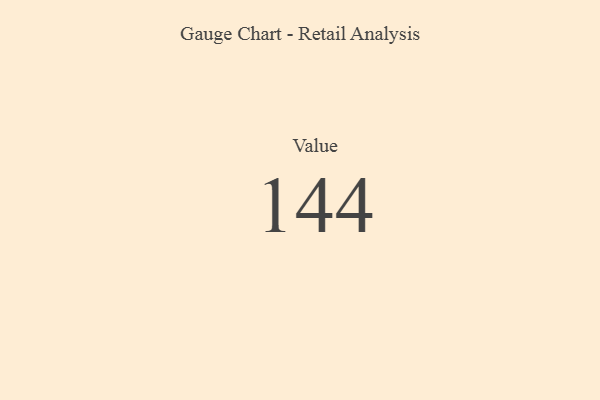
{"axis": {"x": "Metric", "y": "Value"}, "legend": [""], "data": [{"x": "Value", "y": 144, "type": ""}]}